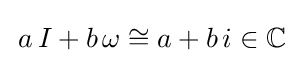
\,a\,I+b\,\omega \cong a+b\,i\in \mathbb {C}